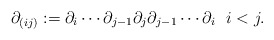
\begin{gather*}\partial_{(ij)}:= \partial_{i}\cdots \partial_{j-1}\partial_{j}\partial_{j-1} \cdots \partial_{i} \ \ i < j.\end{gather*}